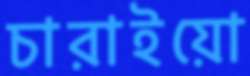
চারাইয়ো